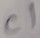
Text: C1